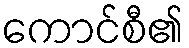
ကောင်စီ၏